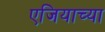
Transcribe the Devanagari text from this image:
एजियाच्या